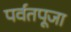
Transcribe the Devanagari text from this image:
पर्वतपूजा